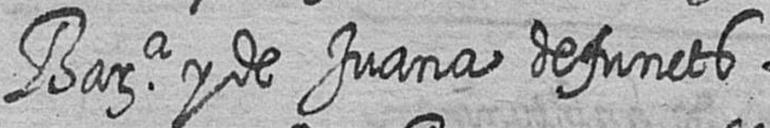
Bara y de Juana defuncts